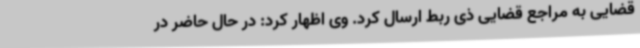
قضایی به مراجع قضایی ذی ربط ارسال کرد. وی اظهار کرد: در حال حاضر در